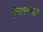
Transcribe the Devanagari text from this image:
विसम्मत